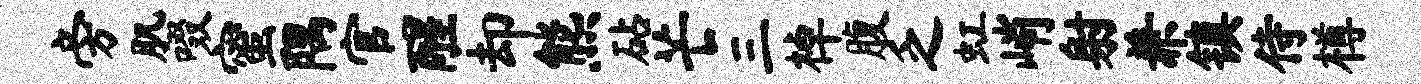
旁肌啜蜜隅官醒却熊砧芒三棹腹乏虹峭射兼镇侍樽